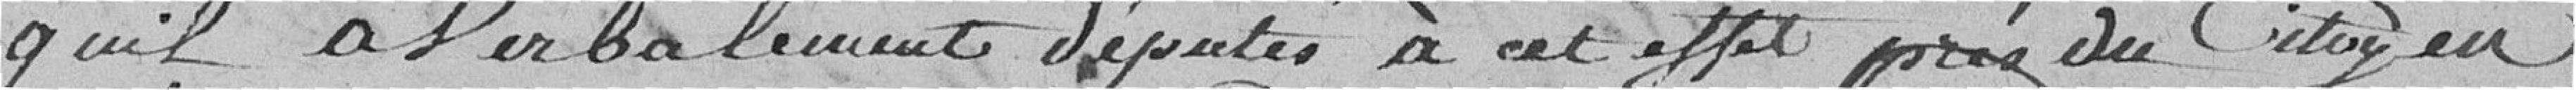
qu'il a verbalement députés à cet effet près du citoyen